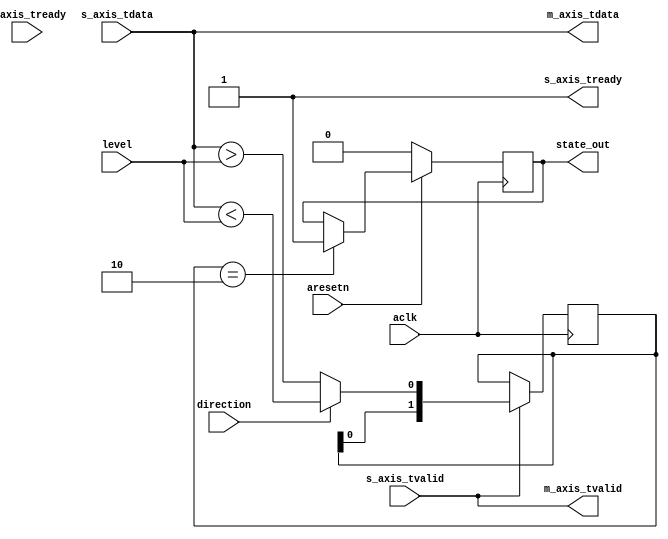
module axis_level_cross #
(
  parameter integer AXIS_TDATA_WIDTH = 32,
  parameter integer CROSS_MASK = 8192,
  parameter ALWAYS_READY = "TRUE"
)
(
  // System signals
  input  wire                        aclk,
  input  wire                        aresetn,
  input wire signed[AXIS_TDATA_WIDTH-1:0] level,
  input wire                        direction,                        

    // Slave side
  input  wire signed [AXIS_TDATA_WIDTH-1:0] s_axis_tdata, //Data (32 bit vector)
  input wire                        s_axis_tvalid, //Validity of Data (Don't take data if not true)  
  output wire                       s_axis_tready, //Ready to accept data 

    // Master side
  input  wire                        m_axis_tready,
  output  wire signed [AXIS_TDATA_WIDTH-1:0] m_axis_tdata,
  output wire                        m_axis_tvalid,

  output wire                        state_out
);
 


reg [1:0] int_cross_reg, int_cross_next; 
reg int_state_reg, int_state_next;
wire int_comp_wire; //1 bit wide (true/false) because length not declared  

assign int_comp_wire = direction?s_axis_tdata<level:s_axis_tdata>level; //Internal Comparison wire. direction = 1 then take <, direction = 0 take >. C selection statement  
  
always @(posedge aclk)
	begin
		if(~aresetn)
      			begin
        			int_state_reg <= 0;
      			end
    		else
    			begin
 				int_state_reg <= int_state_next; 
			end
	end

always @(posedge aclk)
	begin
		int_cross_reg <= int_cross_next; 
  	end

//Monitors transition in level 
always @*
        begin
		int_cross_next = int_cross_reg;
		int_state_next = int_state_reg;
		if(s_axis_tvalid)
			begin
				//int_cross_next = {int_cross_reg[0:0],s_axis_tdata & CROSS_MASK? 1'b1:1'b0}; //Looks for change of sign in signal. Figure it out. 
				int_cross_next = {int_cross_reg[0:0],int_comp_wire}; //Concatenation. Changes either LSB or MSB I'm not sure.
			end
		if(int_cross_reg == 2'b10) //Looks for "pattern" in the signal 
			begin
				int_state_next = 1'b1; //Change state if "pattern" found 
			end

	end
		
 if(ALWAYS_READY == "TRUE")
  assign s_axis_tready = 1'b1;
 else
  assign s_axis_tready = m_axis_tready;
 
 

assign m_axis_tvalid = s_axis_tvalid;
assign m_axis_tdata = s_axis_tdata;
assign state_out = int_state_reg;

endmodule